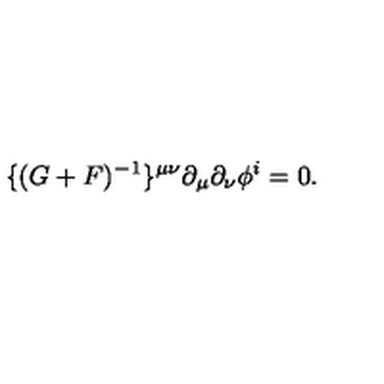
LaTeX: \{ ( G + F ) ^ { - 1 } \} ^ { \mu \nu } \partial _ { \mu } \partial _ { \nu } \phi ^ { i } = 0 .